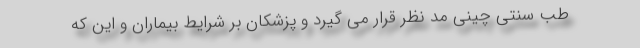
طب سنتی چینی مد نظر قرار می گیرد و پزشکان بر شرایط بیماران و این که